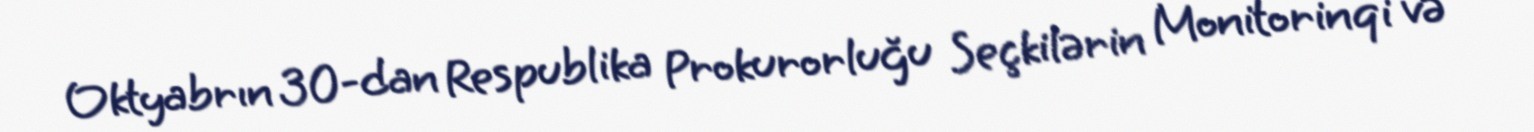
Oktyabrın 30-dan Respublika Prokurorluğu Seçkilərin Monitorinqi və